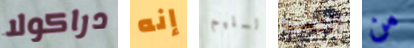
دراكولا إنه السليم التعب من